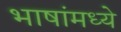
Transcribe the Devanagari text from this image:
भाषांमध्‍ये